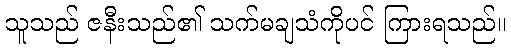
သူသည် ဇနီးသည်၏ သက်မချသံကိုပင် ကြားရသည်။